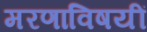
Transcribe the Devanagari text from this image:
मरणाविषयीं